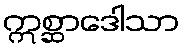
ဣစ္ဆာဒေါသာ